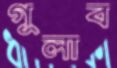
গুলাব